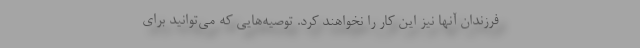
فرزندان آنها نیز این کار را نخواهند کرد. توصیه‌هایی که می‌توانید برای